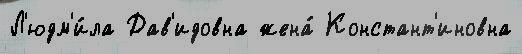
Л'юдм'и́ла Дав'идовна жена́ Констант'иновна